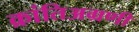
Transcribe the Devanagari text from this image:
क्रांतिअग्रणी